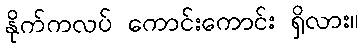
နိုက်ကလပ် ကောင်းကောင်း ရှိလား။